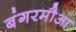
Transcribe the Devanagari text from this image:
बंगरमौआ